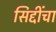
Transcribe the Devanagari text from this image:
सिद्दींचा